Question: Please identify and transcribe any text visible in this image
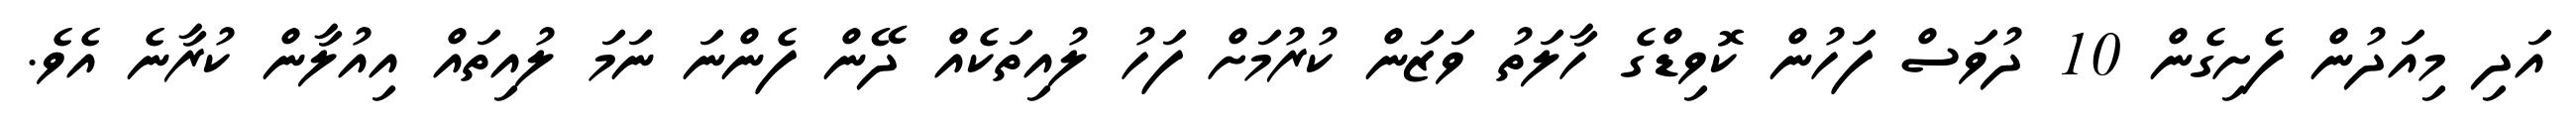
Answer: އަދި މިއަދުން ފެށިގެން 10 ދުވަސް ފަހުން ކޮވިޑްގެ ހާލަތު ވަޒަން ކުރުމަށް ފަހު ލުއިތަކެއް ދޭން ފެންނަ ނަމަ ލުއިތައް އިއުލާން ކުރާނެ އެވެ.